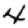
Digit: 4